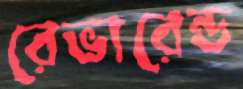
রেভারেন্ড